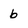
Character: b